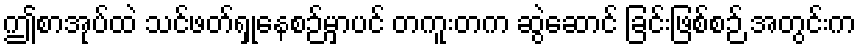
ဤစာအုပ်ထဲ သင်ဖတ်ရှုနေစဉ်မှာပင် တကူးတက ဆွဲဆောင် ခြင်းဖြစ်စဉ် အတွင်းက